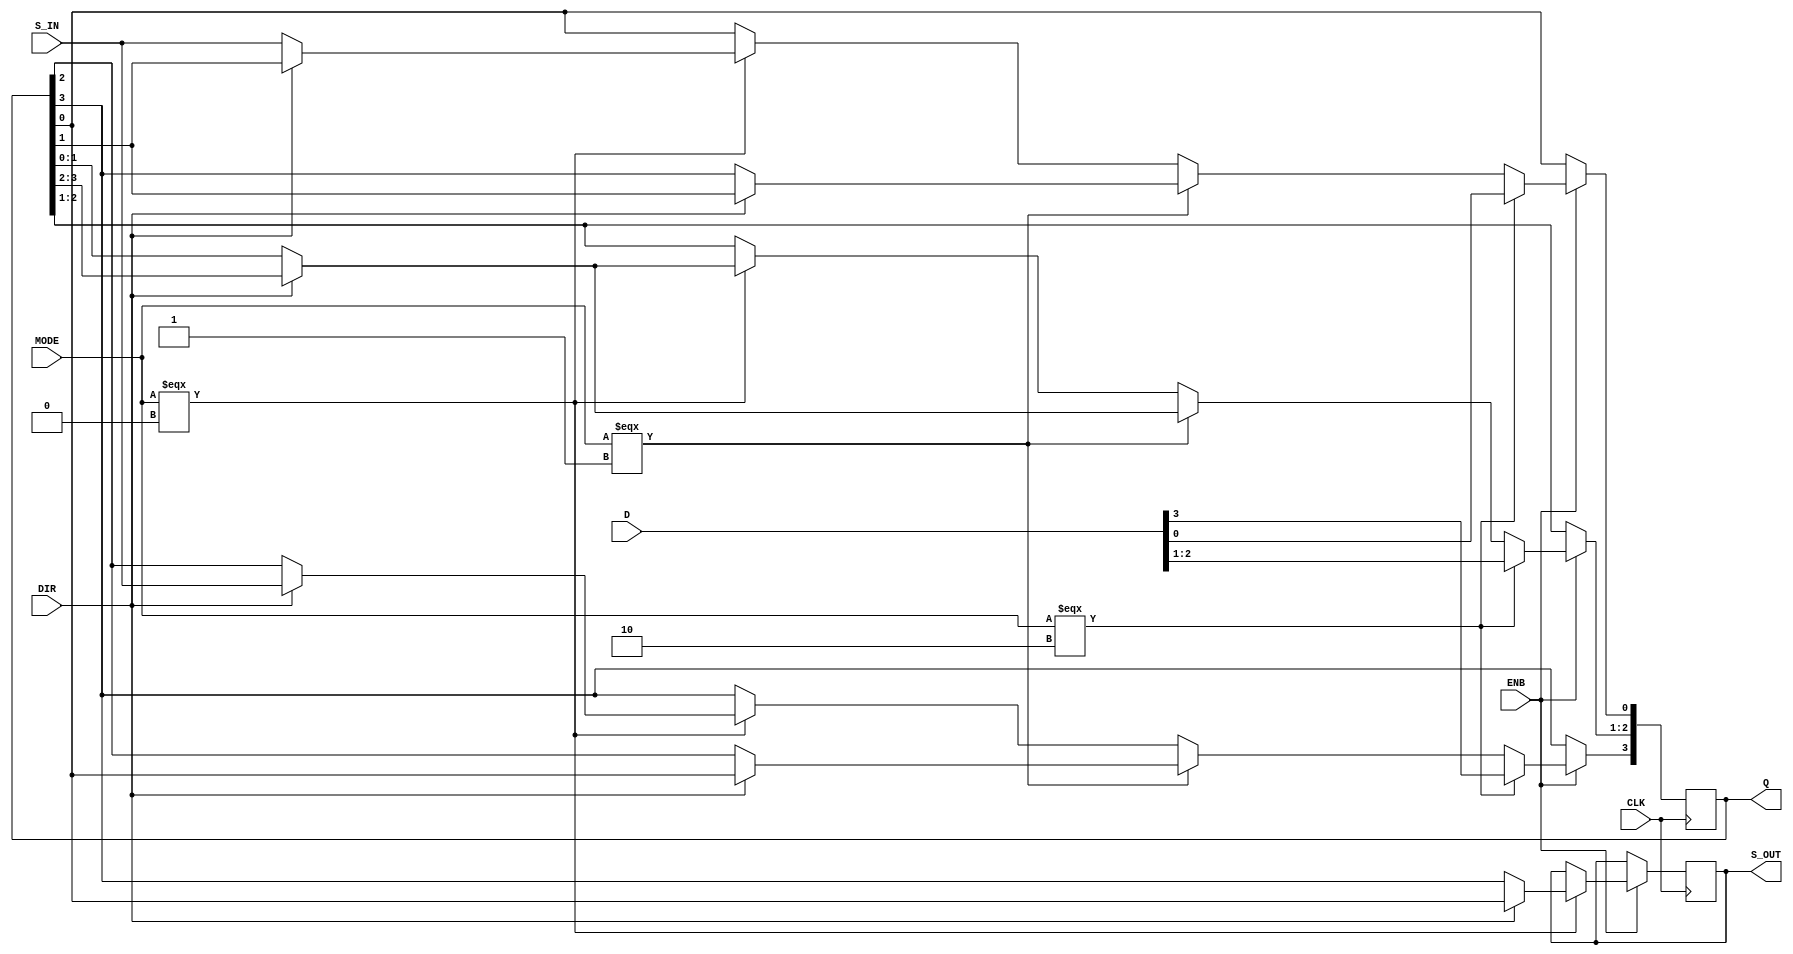
`timescale 1ns/1ps


module rdesplazanteconduct(CLK, ENB,DIR,S_IN,MODE,D,Q,S_OUT);
input [3 : 0] D;
input [1:0] MODE;
input ENB,S_IN,CLK,DIR;
output reg [3:0] Q;
output reg S_OUT;

always@(posedge CLK)
	if(ENB) begin
		if(MODE === 2'b00) begin//desplazamiento
			S_OUT = 1;
			if(!DIR) begin//izq
			       	Q[3:0] <= {Q[2:0],S_IN};
				S_OUT <= Q[3];
			end
			else begin//der
			       	Q[3:0] <= {S_IN,Q[3:1]};
				S_OUT <= Q[0];
			end

		end
		if(MODE === 2'b01) begin//rotacin
			if(!DIR) begin//izq
				Q[3:1] <= Q[2:0];
				Q[0] <= Q[3];
				end
				else begin//der
					Q[3] <= Q[0];
					Q[2:0] <= Q[3:1];
				end
		end
		if(MODE === 2'b10) begin//carga en paralelo
			Q <= D;
		end
end

endmodule